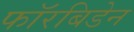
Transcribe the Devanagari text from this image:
फॉरबिडेन